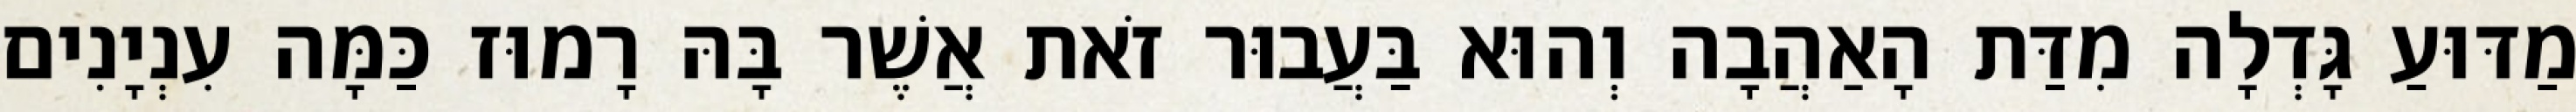
מַדּוּעַ גָּדְלָה מִדַּת הָאַהֲבָה וְהוּא בַּעֲבוּר זֹאת אֲשֶׁר בָּהּ רָמוּז כַּמָּה עִנְיָנִים